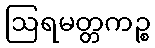
ဩရမတ္တကဉ္စ